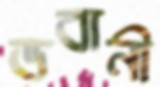
ভবানী